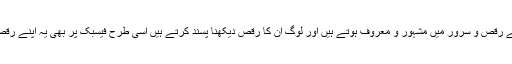
مختلف رقائص میں جیسے یہ اپنے رقص و سرور میں مشہور و معروف ہوتے ہیں اور لوگ ان کا رقص دیکھنا پسند کرتے ہیں اسی طرح فیسبک پر بھی یہ اپنے رقص و سرور میں اپنی مثال آپ ہیں۔